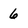
Character: 6